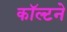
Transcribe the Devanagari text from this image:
कॉल्टने